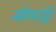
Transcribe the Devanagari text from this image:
मोपरट्वी